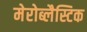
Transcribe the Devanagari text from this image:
मेरोब्लैस्टिक